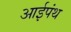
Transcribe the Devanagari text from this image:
आईपंथ